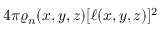
4 \pi \varrho _ { n } ( x , y , z ) [ \ell ( x , y , z ) ] ^ { 2 }